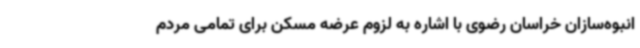
انبوه‌سازان خراسان رضوی با اشاره به لزوم عرضه مسکن برای تمامی مردم